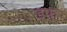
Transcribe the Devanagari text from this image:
इफ्